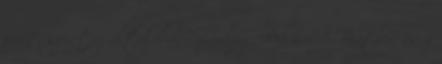
zenét szeretsz általában? Ludwig Böhm: A Beatles és a